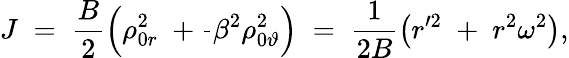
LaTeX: J\; =\; \frac{B}{2}\left(\rho_{0r}^{2}\; +\frac{}{}\beta^{2}\rho_{0\vartheta}^{2}\right)\; =\; \frac{1}{2B}\left(r^{\prime 2}\; +\; r^{2}\omega^{2}\right),